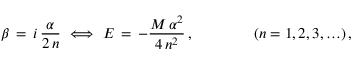
\beta \, = \, i \, \frac { \alpha } { 2 \, n } \, \, \Longleftrightarrow \, \, E \, = \, - \frac { M \, \alpha ^ { 2 } } { 4 \, n ^ { 2 } } \, , \qquad \qquad ( n = 1 , 2 , 3 , \ldots ) \, ,